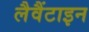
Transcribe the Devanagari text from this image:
लैवैंटाइन